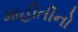
માહીતીનો